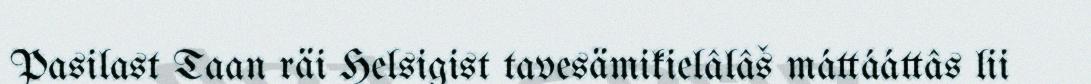
Pasilast Taan räi Helsigist tavesämikielâlâš máttááttâs lii